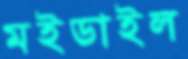
মইডাইল